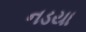
નડયા